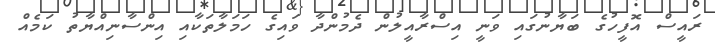
ރައީސް އޮފީހުގެ ބަޔާނުގައި ވަނީ އިސްރާއީލުން ދެމުންދާ ވައިގެ ހަމަލާތަކާއި އިންސާނިއްޔާތު ކަމެއް